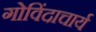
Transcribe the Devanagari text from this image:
गोविंदाचार्य